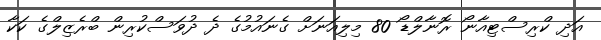
އަދި ކްރިސްޓިއާނޯ ރޮނާލްޑޯ 80 މިލިއަނަށް ގެނައުމުގެ ދެ ދުވަސްކުރިން ބްރެޒިލްގެ ކަކާ